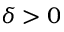
\delta > 0